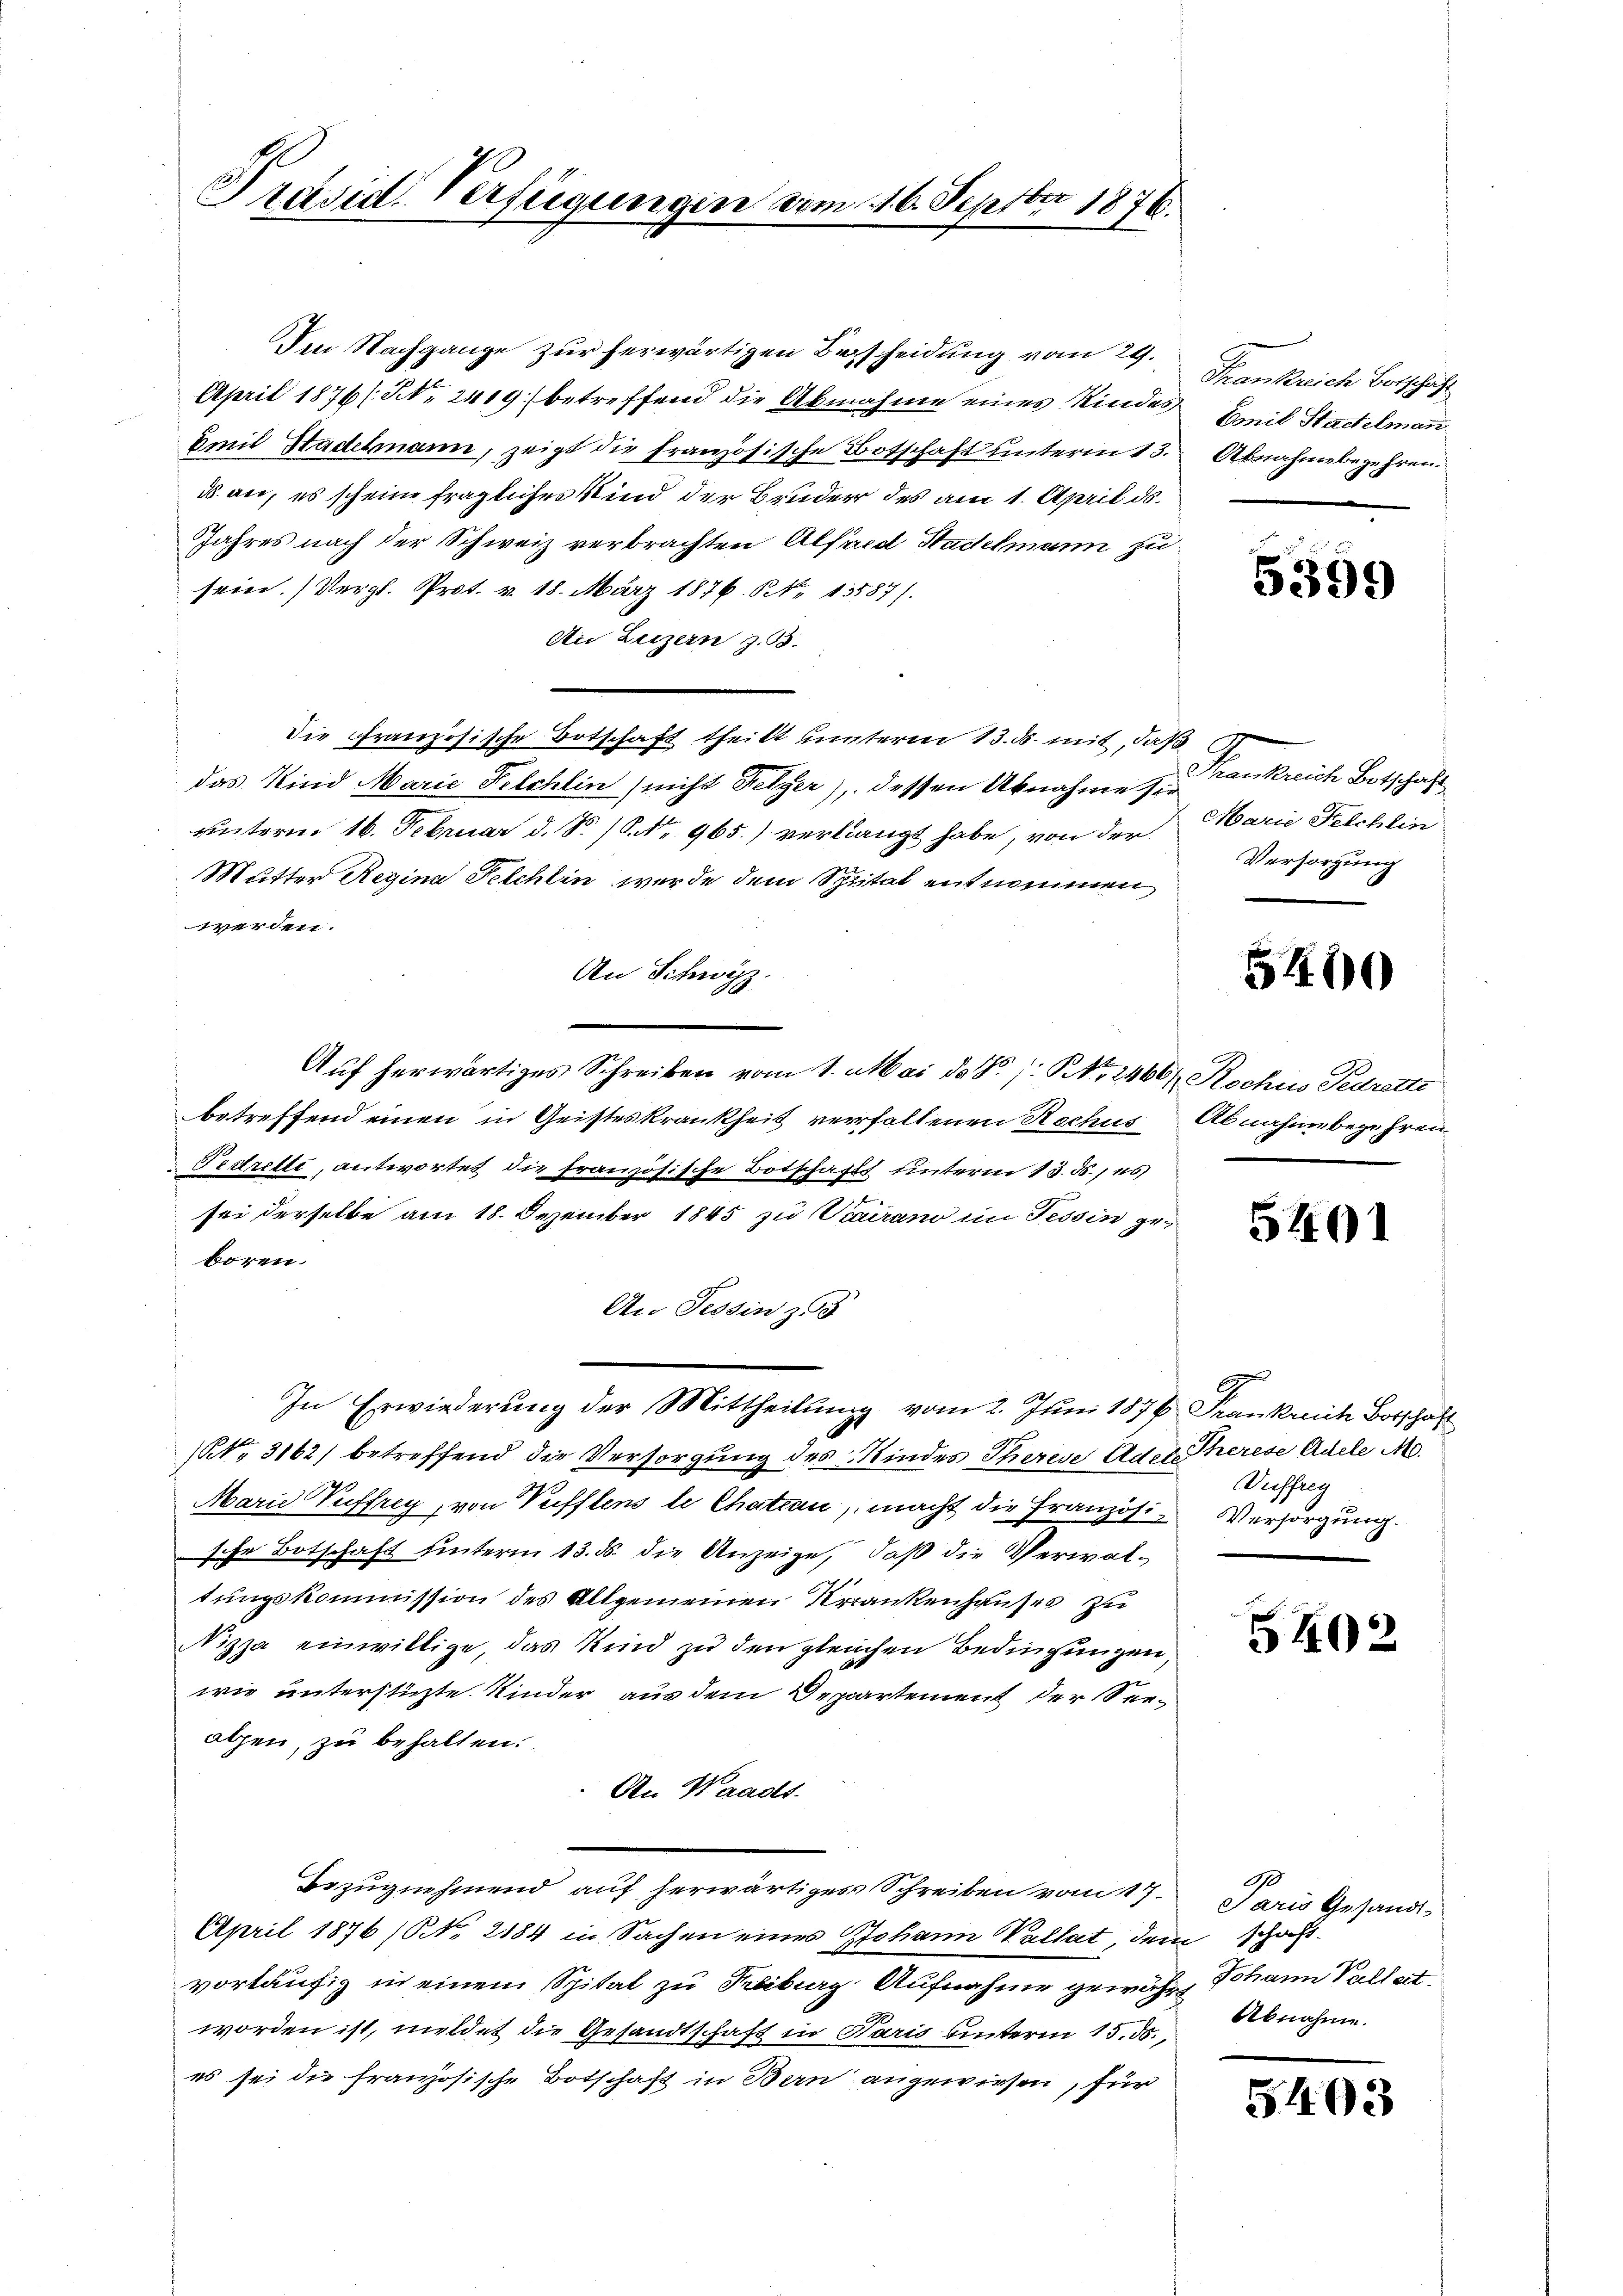
Präsid. Verfügungen vom 16. Septbr 1876.

Ien Nachgange zur herwärtigen Bescheidung vom 29.
April 1876 (N. 2419 betreffend die Abnahme eines Kindes
Amil Stadelmann, zeigt die französische Botschaft unterm 13.
d. an, es scheine fragliches Kind der Bruder des am 1. April ds.
Jahres nach der Schweiz verbrachten Alfred Stadelmann zu
sein. (Vergl. Prot. v. 18. März 1876. No 13587/
An Luzern z. B.
Die Französische Botschaft theilt unterm 13. ds. mit, daß
das Kind Marie Peschlin (nicht Fetzer), dessen Abnahme sie
unterm 16. Februar d. S. 18. No. 965.) verlangt habe, von der
Mutter Regina Felchlin werde dem Spital entnommen,
werden.
An Schwyz.
Auf herwärtiges Schreiben vom 1. Mai d. R. / NNo. 2460/ Rochus Fedrette
betreffend einen in Geisteskrankheit verfallenen Rochus
Festrette, antwortet die französische Botschafts unterm 13. d. 115)
sei derselbe am 18. Dezember 1845 zu Verano im Tessin geboren.
An Tessin zu
In Erwiederung der Mittheilung vom 2. Juni 1874. Frankreich Botschaft
(NNo. 3162) betreffend die Versorgung des Kindes Therese Adel Therese Adele M.
Marie Puffrey, von Pufflens le Chatian, macht die Französi-Versorgung.
sihr Botschaft unterm 13. ds. die Anzeige, daß die Verwaltungskommission des Altgemeinen Krankenhauses zu
Nizza einwillige, das Kind zu den gleichen Bedingungen,
wie unterstüzte Kinder aus dem Departement der Seealpen, zu behalten.
An Waadt.
Bezugnehmend auf herwärtiges Schreiben vom 17. Paris Gesandt¬
April 1876 (NNo. 2184 in Sachen eines Johann Vallat, dem schaft-
vorläufig in einem Spital zu Freiburg, Aufnahme gewähr, Johann Valleit
worden ist, meldet die Gesandtschaft in Paris hinterm 15. ds. Abnahme.
es sei die französische Botschaft in Bern angewiesen, für

Frankreich Botschaft
Comit Stadelmann
Abnahmebegehren.

5599

Mankreich Botschaft
Marie Felchlin
Versorgung

50

Abnahme begehren

5401

Vuffreg

5402

de

5403